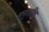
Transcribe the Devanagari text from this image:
अनुशक्ति